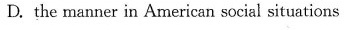
D. the manner in American social situations